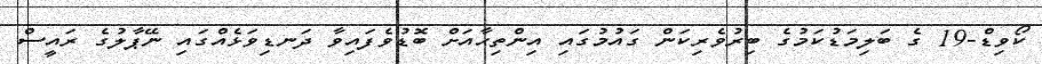
ކޯވިޑް-19 ގެ ބަލިމަޑުކަމުގެ ބިރުވެރިކަން ގައުމުގައި އިންތިހާއަށް ބޮޑުވެފައިވާ ދަނޑިވަޅެއްގައި ނޭޕާލުގެ ރައީސް